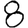
Digit: 8